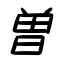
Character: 曽